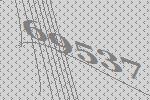
69537